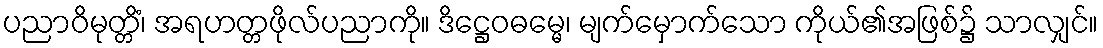
ပညာဝိမုတ္တိံ၊ အရဟတ္တဖိုလ်ပညာကို။ ဒိဋ္ဌေဝဓမ္မေ၊ မျက်မှောက်သော ကိုယ်၏အဖြစ်၌ သာလျှင်။